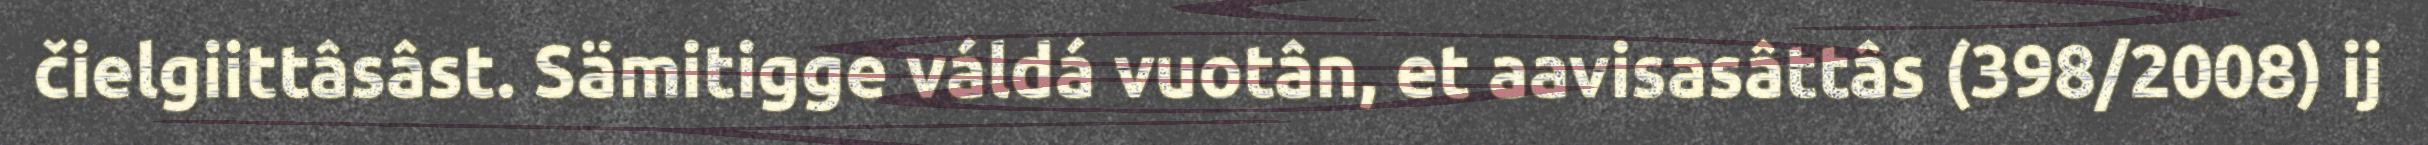
čielgiittâsâst. Sämitigge váldá vuotân, et aavisasâttâs (398/2008) ij